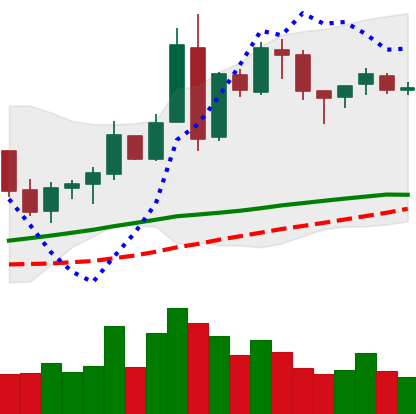
Ticker: BNB-USD
Chart end date: 2018-05-05
Forward return: -3.83%
Label: down_3_5